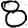
Digit: 8